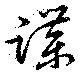
蹀